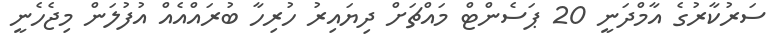
ސަރުކާރުގެ އާމްދަނީ 20 ޕަސެންޓް މައްޗަށް ދިޔައިރު ހުރިހާ ބުރައްއެއް އުފުލަން މިޖެހެނީ